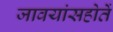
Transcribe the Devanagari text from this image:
जावयांसहोतें